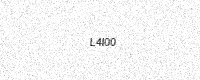
Text: L4I00